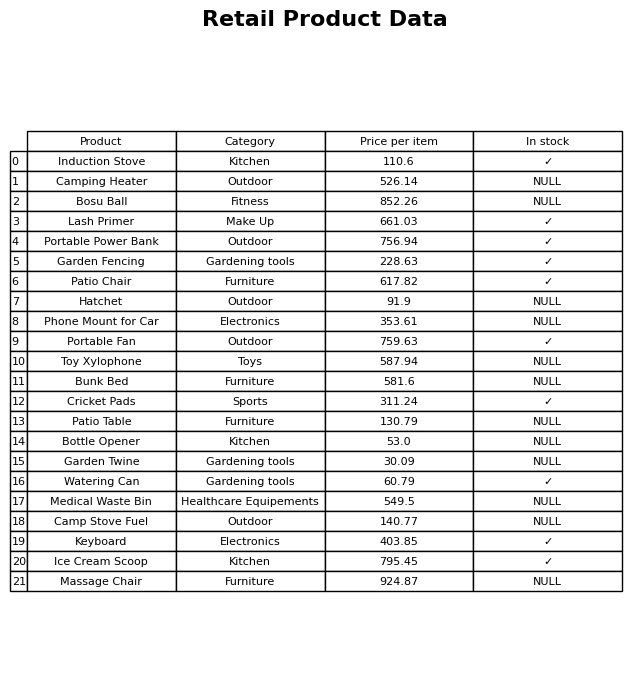
question: What is the price of the Garden Fencing?
answer: The price of Garden Fencing is 228.63.